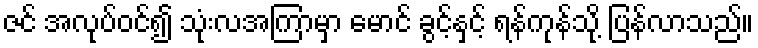
ဇင် အလုပ်ဝင်၍ သုံးလအကြာမှာ မောင် ခွင့်နှင့် ရန်ကုန်သို့ ပြန်လာသည်။